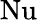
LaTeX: \mathrm{Nu}